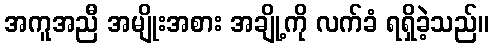
အကူအညီ အမျိုးအစား အချို့ကို လက်ခံ ရရှိခဲ့သည်။